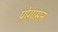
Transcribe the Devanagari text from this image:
प्रोगामन